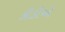
કીડીએ